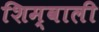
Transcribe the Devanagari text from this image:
शिम्वाली